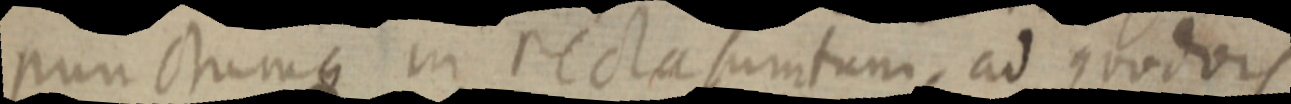
punctumque in recta sumtum, ad quodvis